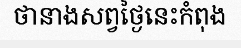
ថានាងសព្វថ្ងៃនេះកំពុង